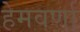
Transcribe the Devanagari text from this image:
हेमवर्णा